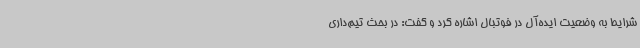
شرایط به وضعیت ایده‌آل در فوتبال اشاره کرد و گفت: در بحث تیم‌داری